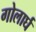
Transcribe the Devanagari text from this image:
गोलार्घ